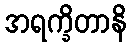
အရက္ခိတာနိ